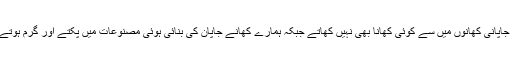
ہم تو جاپانی کھانوں میں سے کوئی کھانا بھی نہیں کھاتے جبکہ ہمارے کھانے جاپان کی بنائی ہوئی مصنوعات میں پکتے اور گرم ہوتے ہیں۔